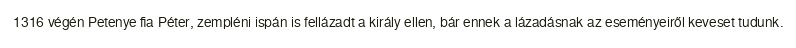
1316 végén Petenye fia Péter, zempléni ispán is fellázadt a király ellen, bár ennek a lázadásnak az eseményeiről keveset tudunk.